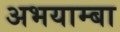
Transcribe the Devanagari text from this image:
अभयाम्बा